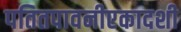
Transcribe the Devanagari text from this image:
पतितपावनीएकादशी